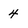
Character: 4